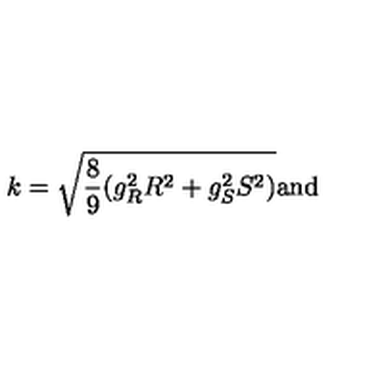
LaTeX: k = \sqrt { \frac { 8 } { 9 } ( g _ { R } ^ { 2 } R ^ { 2 } + g _ { S } ^ { 2 } S ^ { 2 } ) } \mathrm { a n d }